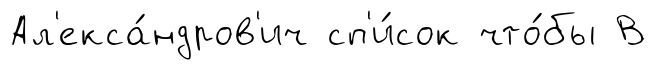
Ал'екса́ндров'ич сп'и́сок что́бы В